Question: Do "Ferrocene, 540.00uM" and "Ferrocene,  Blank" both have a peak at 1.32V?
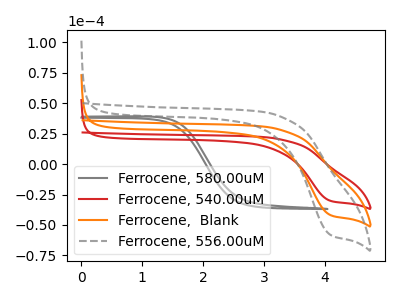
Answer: <think>The gray curve "Ferrocene, 580.00uM" has no peaks. The red curve "Ferrocene, 540.00uM" has a cathodic peak at: (4.10V, -29.95uA). The orange curve "Ferrocene,  Blank" has a cathodic peak at: (4.10V, -41.60uA). The gray dashed curve "Ferrocene, 556.00uM" has a cathodic peak at: (4.10V, -83.15uA).</think>
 <answer>No, "Ferrocene, 540.00uM" and "Ferrocene,  Blank" dont share a peak at 1.32V.</answer>
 <eval>mismatch</eval>